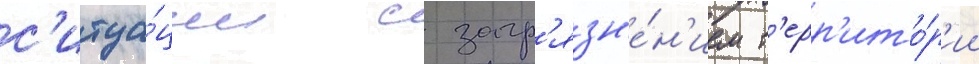
с'итуа́ции с загр'язн'е́н'ием т'ерр'ито́р'ии